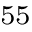
^ { 5 5 }